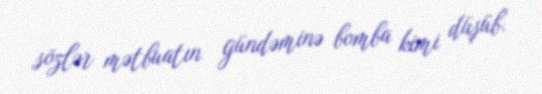
sözlər mətbuatın gündəminə bomba kimi düşüb.